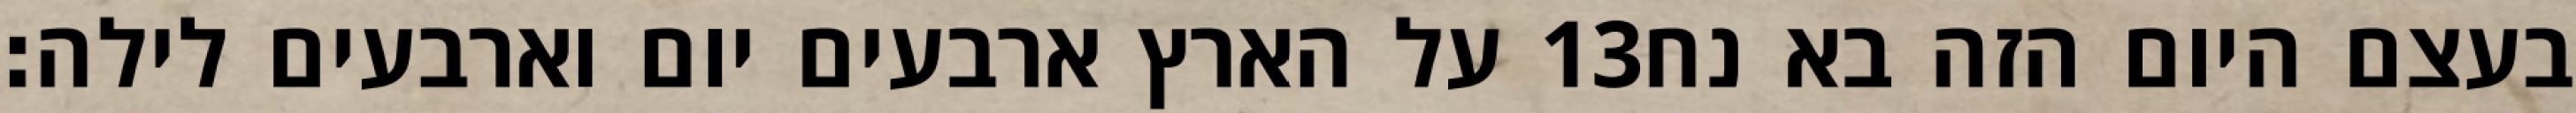
על הארץ ארבעים יום וארבעים לילה׃ ‎13‏ בעצם היום הזה בא נח